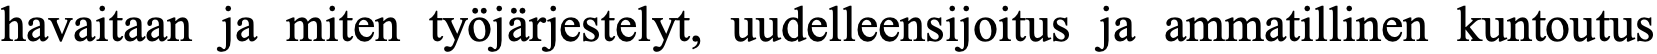
havaitaan ja miten työjärjestelyt, uudelleensijoitus ja ammatillinen kuntoutus